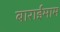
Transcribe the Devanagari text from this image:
बाराईमाम